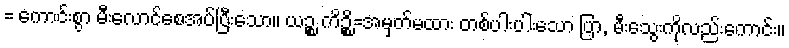
= ကောင်းစွာ မီးလောင်စေအပ်ပြီးသော။ ယဉ္စ ကိဉ္စိ=အမှတ်မထား တစ်ပါးပါးသော ပြာ, မီးသွေးကိုလည်းကောင်း။